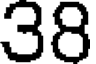
38